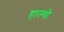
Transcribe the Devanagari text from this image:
हाल्‍यो